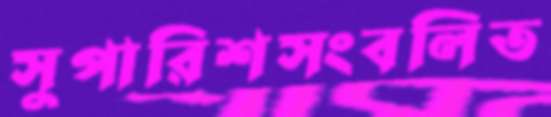
সুপারিশসংবলিত